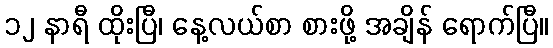
၁၂ နာရီ ထိုးပြီ၊ နေ့လယ်စာ စားဖို့ အချိန် ရောက်ပြီ။